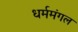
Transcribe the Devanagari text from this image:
धर्ममंगल